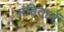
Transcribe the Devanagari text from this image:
संहितायें